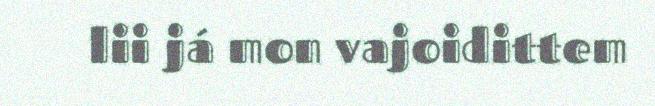
lii já mon vajoidittem